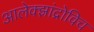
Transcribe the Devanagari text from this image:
आलेक्झांद्रोविच